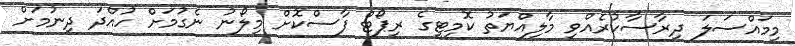
މިމައްސަލަ ދިރާސާކުރެއްވި މާލިއްޔަތު ކޮމިޓީގެ ރިޕޯޓް ފާސްކޮށް މިލޯނު ނެގުމަށް ހުއްދަ ދިނުމަށް